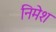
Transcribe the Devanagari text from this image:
निमेश